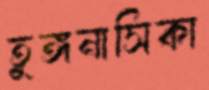
তুঙ্গনাসিকা